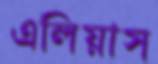
এলিয়াস